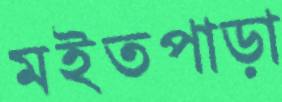
মইতপাড়া